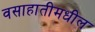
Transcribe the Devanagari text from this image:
वसाहातीमधील